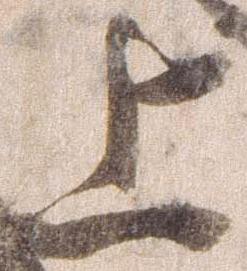
上